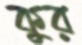
কুর